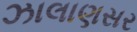
ઝાલાણસર